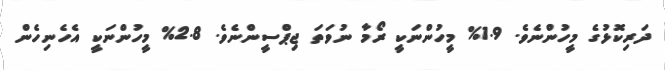
ދަރިކޮޅުގެ މީހުންނެވެ. 1.9% މީހުންނަކީ ރޯމާ ނުވަތަ ޖިޕްސީންނެވެ. 2.8% މީހުންނަކީ އެހެނިހެން